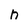
Character: n